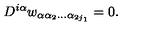
D ^ { i \alpha } w _ { \alpha \alpha _ { 2 } \ldots \alpha _ { 2 j _ { 1 } } } = 0 .